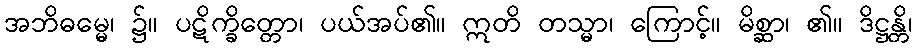
အဘိဓမ္မေ၊ ၌။ ပဋိက္ခိတ္တော၊ ပယ်အပ်၏။ ဣတိ တသ္မာ၊ ကြောင့်။ မိစ္ဆာ၊ ၏။ ဒိဋ္ဌန္တိ၊